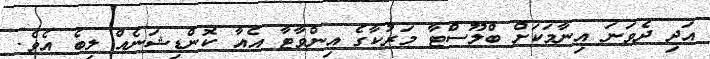
އަދި ދެވަނަ އިނާމަކަށް ބްލޫސްޓާ މަރުކާގެ އިންވާޓާ އެއާ ކޮންޑިޝަނެއް ލިބެ އެވެ.